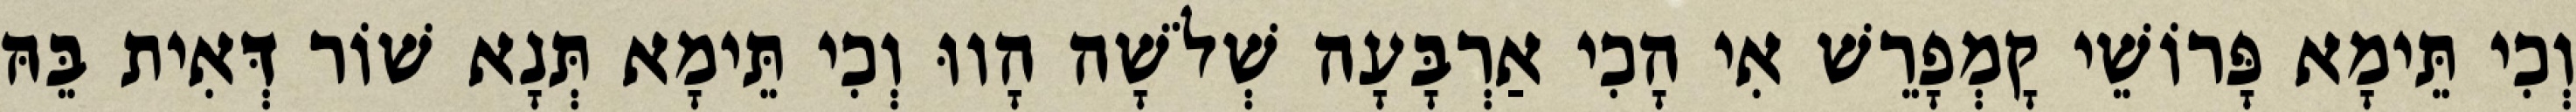
וְכִי תֵּימָא פָּרוֹשֵׁי קָמְפָרֵשׁ אִי הָכִי אַרְבָּעָה שְׁלֹשָׁה הָווּ וְכִי תֵּימָא תְּנָא שׁוֹר דְּאִית בֵּהּ